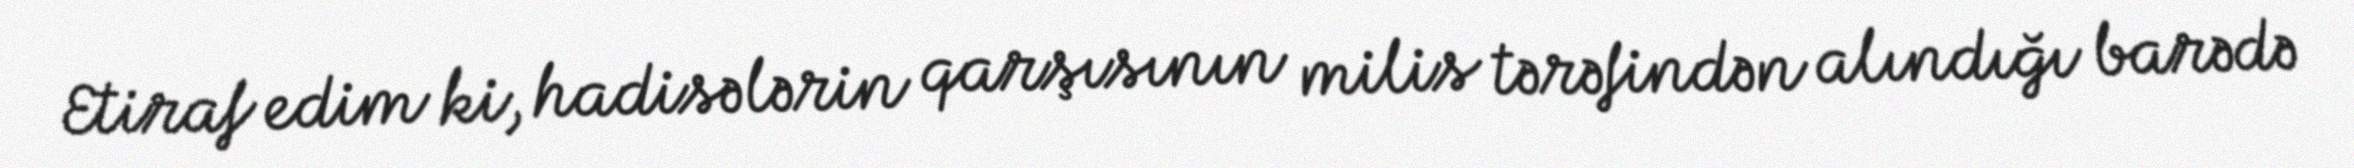
Etiraf edim ki, hadisələrin qarşısının milis tərəfindən alındığı barədə